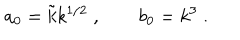
a _ { 0 } = \tilde { k } k ^ { 1 / 2 } \; , \qquad b _ { 0 } = k ^ { 3 } \; .